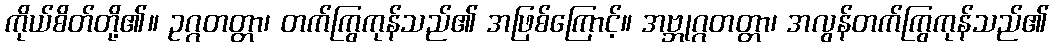
ကိုယ်စိတ်တို့၏။ ဥဂ္ဂတတ္တာ၊ တက်ကြွကုန်သည်၏ အဖြစ်ကြောင့်။ အဗ္ဘုဂ္ဂတတ္တာ၊ အလွန်တက်ကြွကုန်သည်၏